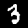
Label: 3